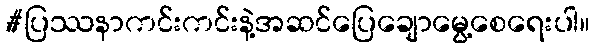
#ပြဿနာကင်းကင်းနဲ့အဆင်ပြေချောမွေ့စေရေးပါ။